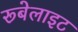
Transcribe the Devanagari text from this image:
रूबेलाइट